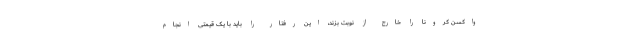
واکسن کرونا را خارج از نوبت بزند، این رفتار را باید با یک قیمتی انجام